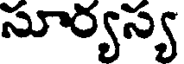
సూర్యస్య